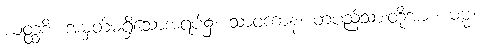
ယတ္ထစိ၊ အမှတ်မရှိသောအရပ်၌။ သာဝကာနံ၊ တပည့်သားတို့အား။ ဓမ္မံ၊